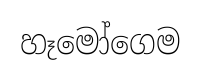
හෑමෝගෙම